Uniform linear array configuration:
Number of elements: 32
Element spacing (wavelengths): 0.25
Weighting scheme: hann
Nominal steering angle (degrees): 30
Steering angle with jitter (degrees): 28.466
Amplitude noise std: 0.05
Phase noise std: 0.05

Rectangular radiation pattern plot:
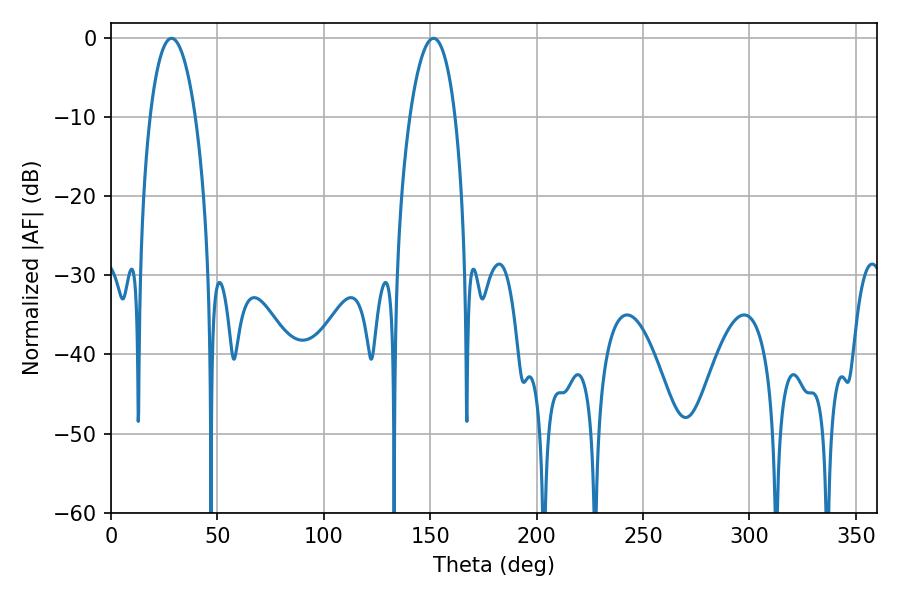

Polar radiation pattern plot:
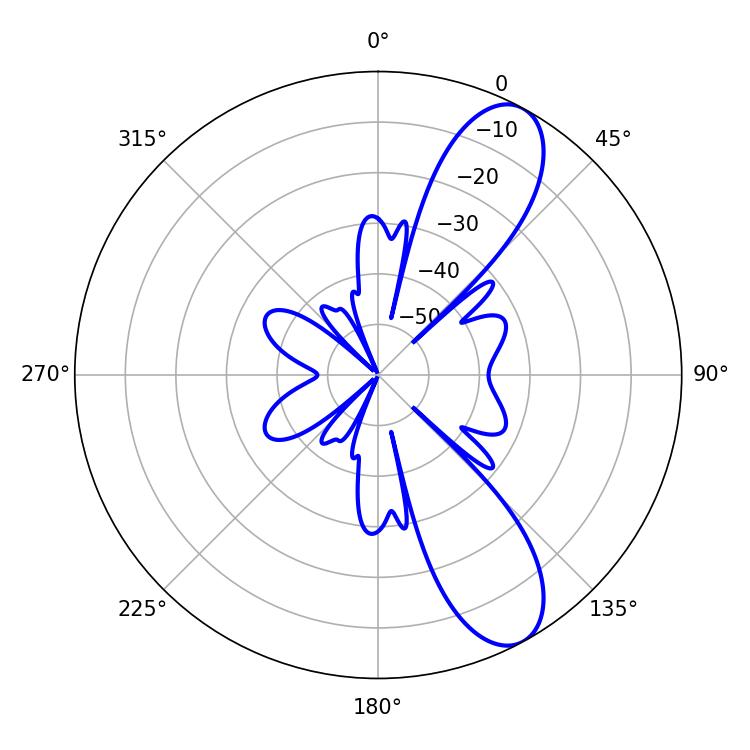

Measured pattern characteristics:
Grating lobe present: FALSE
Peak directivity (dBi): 9.746
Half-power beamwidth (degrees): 11.88
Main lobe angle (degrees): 28.44